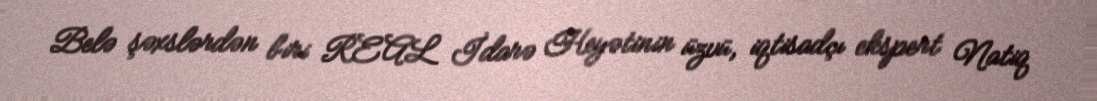
Belə şəxslərdən biri REAL İdarə Heyətinin üzvü, iqtisadçı ekspert Natiq